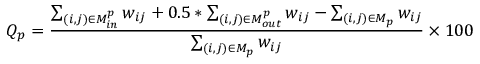
Q _ { p } = \frac { \sum _ { ( i , j ) \in M _ { i n } ^ { p } } w _ { i j } + 0 . 5 * \sum _ { ( i , j ) \in M _ { o u t } ^ { p } } w _ { i j } - \sum _ { ( i , j ) \in M _ { p } } w _ { i j } } { \sum _ { ( i , j ) \in M _ { p } } w _ { i j } } \times 1 0 0 \